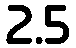
2.5